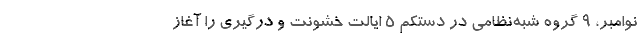
نوامبر، ۹ گروه شبه‌نظامی در دستکم ۵ ایالت خشونت و درگیری را آغاز